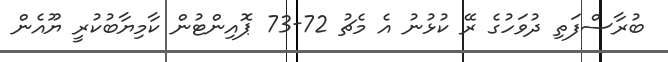
ބުރާސްފަތި ދުވަހުގެ ރޭ ކުޅުނު އެ މެޗު 72-73 ޕޮއިންޓުން ކާމިޔާބުކުރީ ޔޫއެން